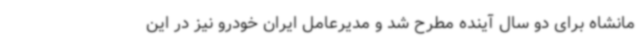
مانشاه برای دو سال آینده مطرح شد و مدیرعامل ایران خودرو نیز در این